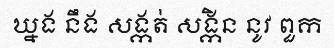
ឃ្នង នឹង សង្កត់ សង្កិន នូវ ពួក